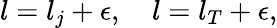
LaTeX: l=l_{j}+\epsilon,\quad l=l_{T}+\epsilon,